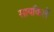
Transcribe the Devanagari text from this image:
सायकिलें